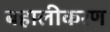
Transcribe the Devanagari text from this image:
बहालीकरण